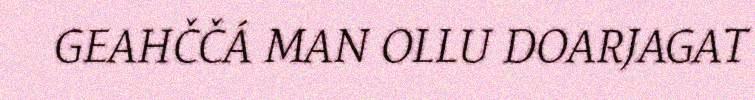
GEAHČČÁ MAN OLLU DOARJAGAT